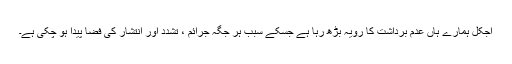
آجکل ہمارے ہاں عدم برداشت کا رویہّ بڑھ رہا ہے جسکے سبب ہر جگہ جرائم ، تشدد اور انتشار کی فضا پیدا ہو چکی ہے۔